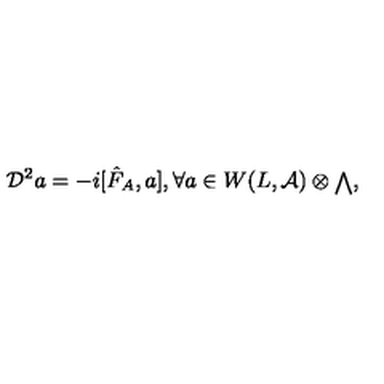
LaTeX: { \cal D } ^ { 2 } a = - i [ { \hat { F } } _ { A } , a ] , \forall a \in W ( L , { \cal A } ) \otimes { \scriptstyle \bigwedge } ,